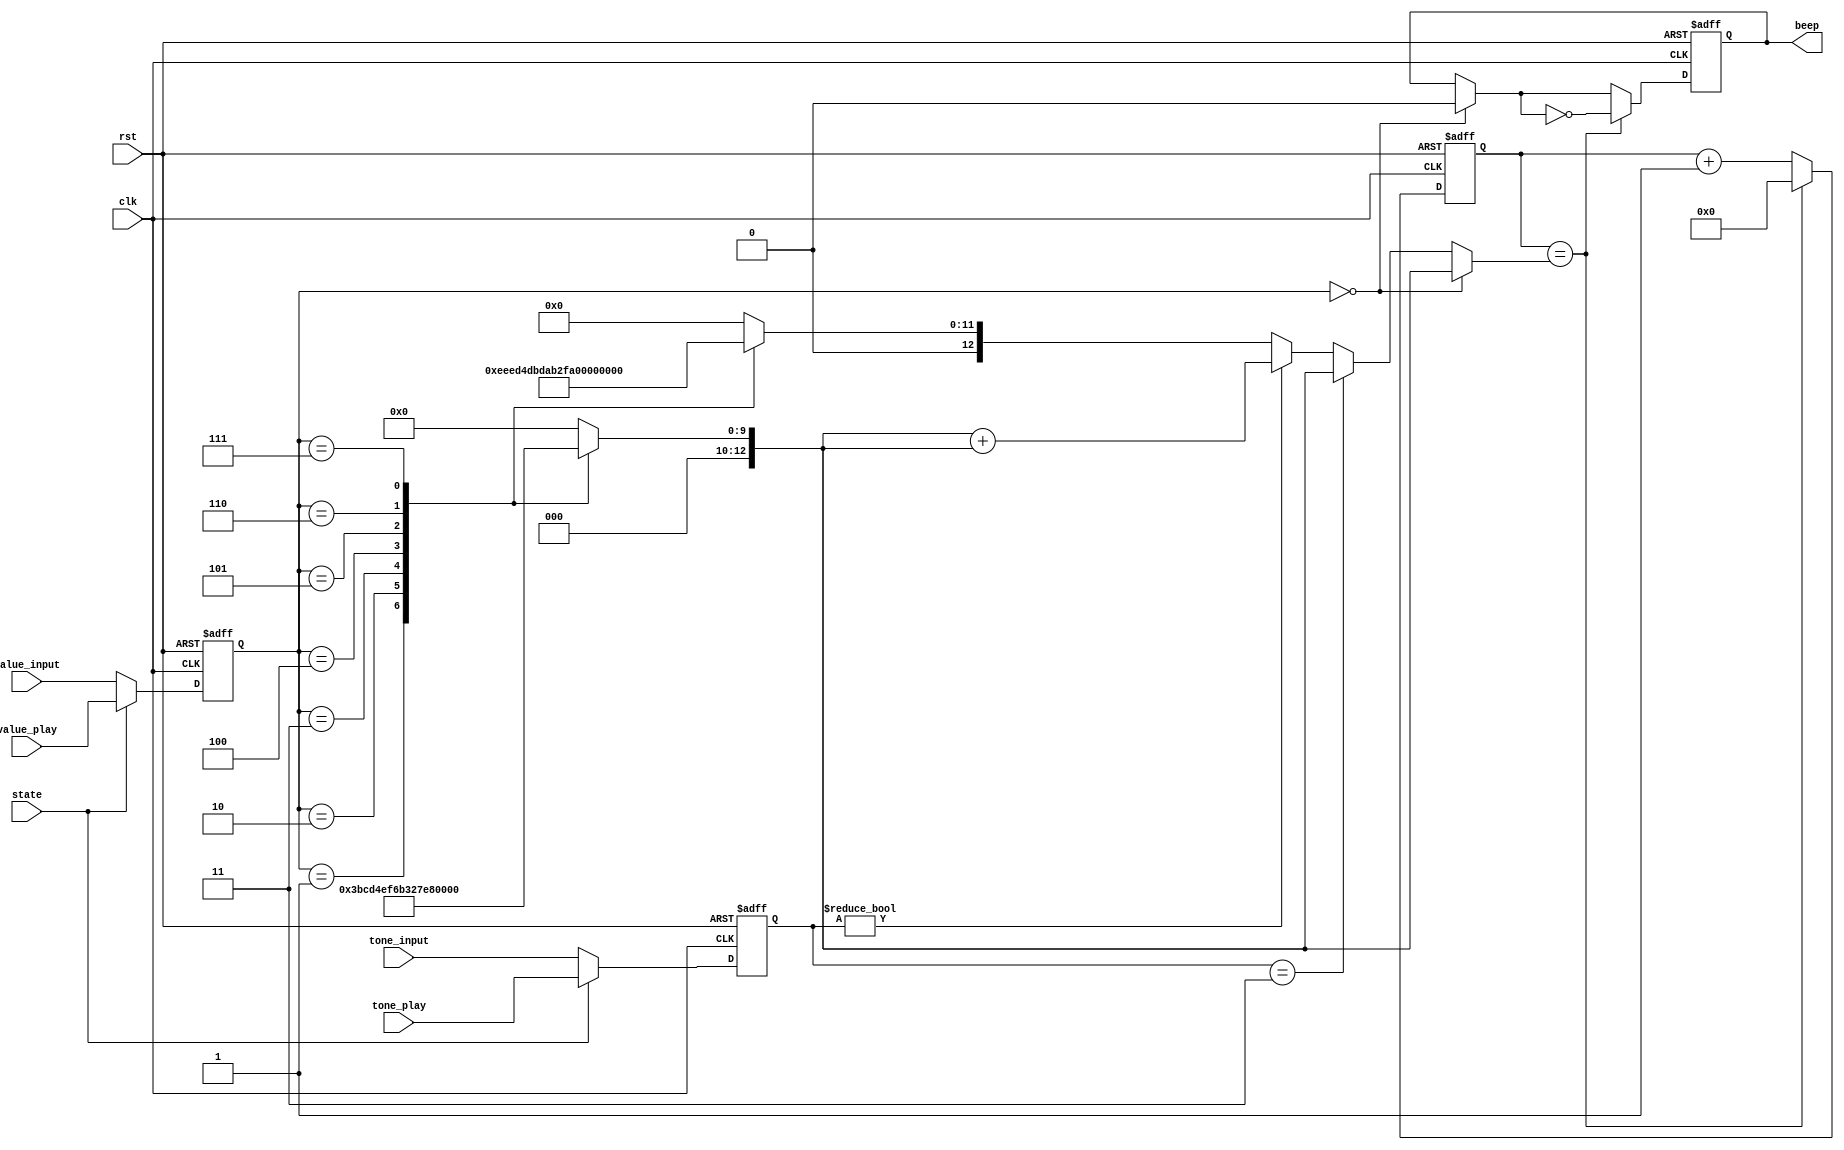
module freq(input clk,
			input rst,
			input [2:0]value_input,//
			input [1:0]tone_input,//
			input state,//,1,0
			input [2:0]value_play,//
			input [1:0]tone_play,//
			output reg beep		
			);
reg[12:0]uplimit;//
reg[12:0]counter;//



reg [2:0]value;//
reg[1:0]tone;

//state
always@(posedge clk or posedge rst)
if(rst)begin
value=3'b0;
tone=2'b0;
end
else if(state)begin
value=value_play;
tone=tone_play;
end
else begin
value=value_input;
tone=tone_input;
end

//
always@(posedge clk or posedge rst)
if(rst)begin
	uplimit=0;
	counter=0;
	beep=0;
end
else begin
	case(value)//valueM
	3'b001:uplimit=13'd956;
	3'b010:uplimit=13'd851;
	3'b011:uplimit=13'd758;
	3'b100:uplimit=13'd716;
	3'b101:uplimit=13'd638;
	3'b110:uplimit=13'd568;
	3'b111:uplimit=13'd506;
	default:uplimit=12'd0;
	endcase
	if(value==3'b000)beep=0;
	else begin
		if(tone==2'b11);
		else begin
			if(tone!=2'b00)uplimit=uplimit+uplimit;//, 2
			else begin
			//, 4, 4, , 
			case(value)
				3'b001:uplimit=12'd3822;
				3'b010:uplimit=12'd3405;
				3'b011:uplimit=12'd3034;
				3'b100:uplimit=12'd2863;
				3'b101:uplimit=12'd2551;
				3'b110:uplimit=12'd2273;
				3'b111:uplimit=12'd2025;
				default:uplimit=12'd0;
			endcase
			
			//uplimit=uplimit+uplimit+uplimit+uplimit;
			end
		end
	end
	if (counter==uplimit)begin//,,
	counter=0;
	beep=~beep;
	end
	else counter=counter+1;
end


endmodule